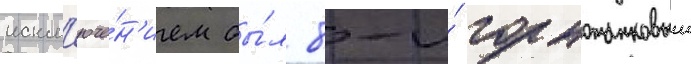
искл'юче́н'ием бы́л 8-и́ горнотанковыи